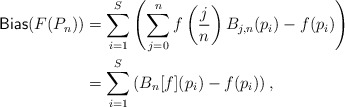
\begin{align*}\mathsf{Bias}(F(P_n)) & = \sum_{i = 1}^S \left( \sum_{j = 0}^n f\left( \frac{j}{n} \right) B_{j,n}(p_i) - f(p_i) \right) \\& = \sum_{i = 1}^S \left( B_n[f](p_i) - f(p_i)\right),\end{align*}